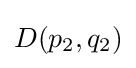
D(p_{2},q_{2})